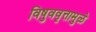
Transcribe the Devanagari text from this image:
विषुववृत्तामुळे